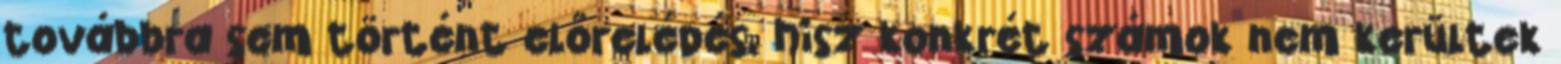
továbbra sem történt előrelépés, hisz konkrét számok nem kerültek